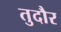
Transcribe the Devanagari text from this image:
तुदौर